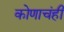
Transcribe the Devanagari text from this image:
कोणाचंही